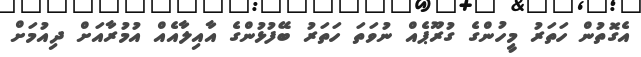
އެގޮތުން ހަތަރު މީހުންގެ ގުރޫޕެއް ނުވަތަ ހަތަރު ބޭފުޅުންގެ އާއިލާއެއް އުމުރާއަށް ދިއުމަށް